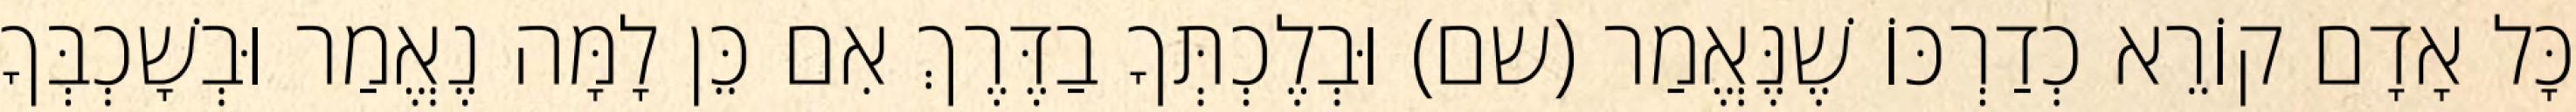
כָּל אָדָם קוֹרֵא כְדַרְכּוֹ שֶׁנֶּאֱמַר (שם) וּבְלֶכְתְּךָ בַדֶּרֶךְ אִם כֵּן לָמָּה נֶאֱמַר וּבְשָׁכְבְּךָ